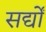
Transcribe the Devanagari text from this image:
सर्द्यों